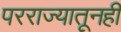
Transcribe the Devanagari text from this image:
परराज्यातूनही